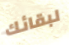
لبقائك